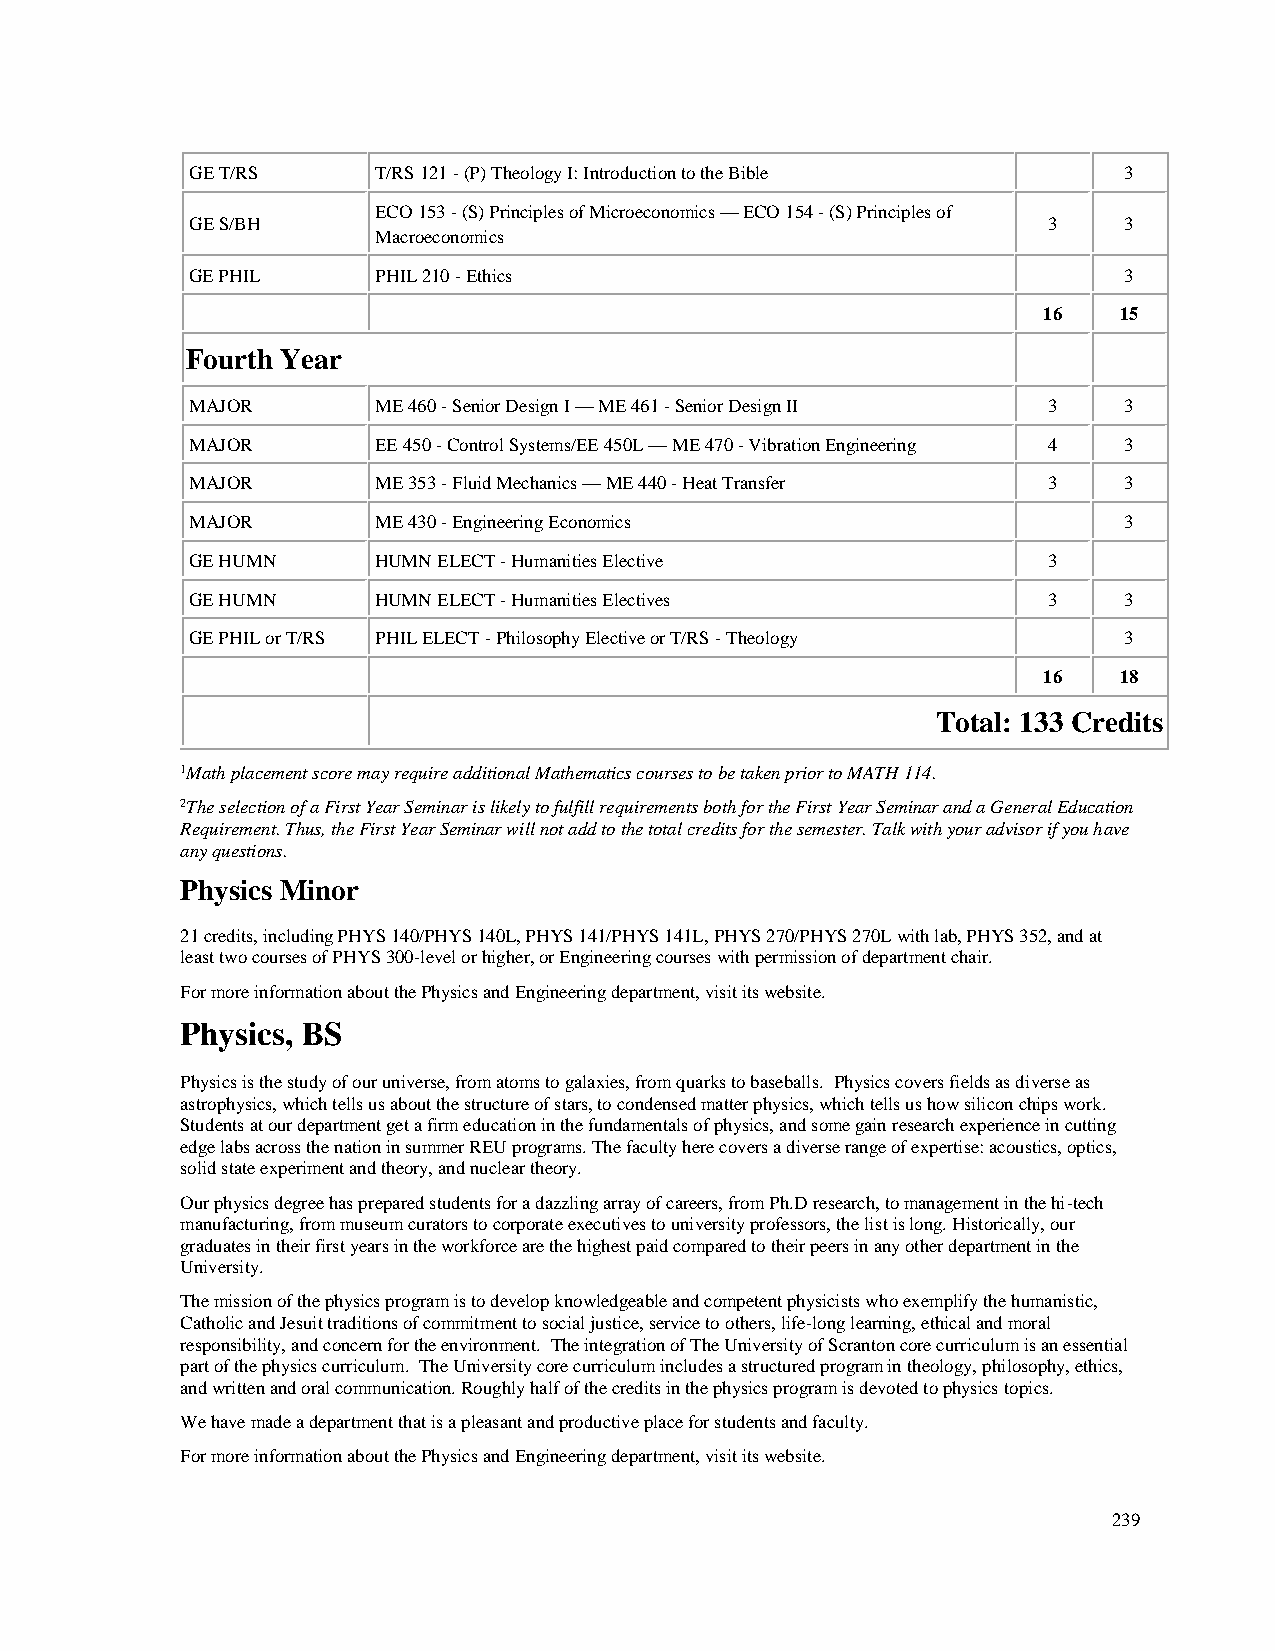
GE T/RS     T/RS 121 - (P) Theology I: Introduction to the Bible 3
 ECO 153 - (S) Principles of Microeconomics — ECO 154 - (S) Principles of
 GE S/BH                                                 3    3
 Macroeconomics
 GE PHIL     PHIL 210 - Ethics                                3
 16   15
 Fourth Year
 MAJOR       ME 460 - Senior Design I — ME 461 - Senior Design II 3 3
 MAJOR       EE 450 - Control Systems/EE 450L — ME 470 - Vibration Engineering 4 3
 MAJOR       ME 353 - Fluid Mechanics — ME 440 - Heat Transfer 3 3
 MAJOR       ME 430 - Engineering Economics                   3
 GE HUMN     HUMN ELECT - Humanities Elective            3
 GE HUMN     HUMN ELECT - Humanities Electives           3    3
 GE PHIL or T/RS PHIL ELECT - Philosophy Elective or T/RS - Theology 3
 16   18
 Total: 133 Credits
 1Math placement score may require additional Mathematics courses to be taken prior to MATH 114.
 2The selection of a First Year Seminar is likely to fulfill requirements both for the First Year Seminar and a General Education
 Requirement. Thus, the First Year Seminar will not add to the total credits for the semester. Talk with your advisor if you have
 any questions.
 Physics Minor
 21 credits, including PHYS 140/PHYS 140L, PHYS 141/PHYS 141L, PHYS 270/PHYS 270L with lab, PHYS 352, and at
 least two courses of PHYS 300-level or higher, or Engineering courses with permission of department chair.
 For more information about the Physics and Engineering department, visit its website.
 Physics, BS
 Physics is the study of our universe, from atoms to galaxies, from quarks to baseballs. Physics covers fields as diverse as
 astrophysics, which tells us about the structure of stars, to condensed matter physics, which tells us how silicon chips work.
 Students at our department get a firm education in the fundamentals of physics, and some gain research experience in cutting
 edge labs across the nation in summer REU programs. The faculty here covers a diverse range of expertise: acoustics, optics,
 solid state experiment and theory, and nuclear theory.
 Our physics degree has prepared students for a dazzling array of careers, from Ph.D research, to management in the hi-tech
 manufacturing, from museum curators to corporate executives to university professors, the list is long. Historically, our
 graduates in their first years in the workforce are the highest paid compared to their peers in any other department in the
 University.
 The mission of the physics program is to develop knowledgeable and competent physicists who exemplify the humanistic,
 Catholic and Jesuit traditions of commitment to social justice, service to others, life-long learning, ethical and moral
 responsibility, and concern for the environment. The integration of The University of Scranton core curriculum is an essential
 part of the physics curriculum. The University core curriculum includes a structured program in theology, philosophy, ethics,
 and written and oral communication. Roughly half of the credits in the physics program is devoted to physics topics.
 We have made a department that is a pleasant and productive place for students and faculty.
 For more information about the Physics and Engineering department, visit its website.
 239